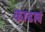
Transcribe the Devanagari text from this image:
काढावं